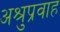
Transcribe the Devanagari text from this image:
अश्रुप्रवाह